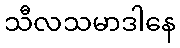
သီလသမာဒါနေ